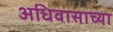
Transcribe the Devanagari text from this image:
अधिवासाच्या